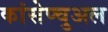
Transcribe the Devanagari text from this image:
कांसेप्चुअल